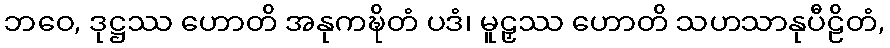
ဘဝေ, ဒုဋ္ဌဿ ဟောတိ အနုကဍ္ဎိတံ ပဒံ၊ မူဠှဿ ဟောတိ သဟသာနုပီဠိတံ,